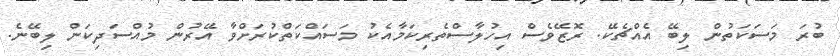
ބުރަ މަސަކަތުން ލިބޭ އެއްޗެކޭ. ރޮޒޭވެސް އިހުލާސްތެރިކަމާއެކު މަސައްކަތްކުރަށްވާ އޭރުން މުއްސަދިކަން ލިބޭނެ.